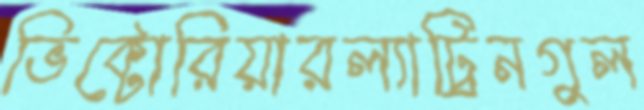
ভিক্টোরিয়ারল্যাট্রিনগুল